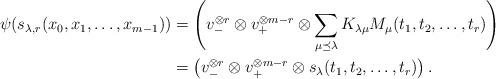
LaTeX: \begin{align*}\psi (s_{\lambda,r}(x_0,x_1,\dots,x_{m-1}))&=\left (v_-^{\otimes r}\otimes v_+^{\otimes m-r}\otimes \sum_{\mu \preceq \lambda}K_{\lambda\mu}M_{\mu}(t_1,t_2,\dots, t_r)\right )\\&=\left (v_-^{\otimes r}\otimes v_+^{\otimes m-r}\otimes s_\lambda(t_1,t_2,\dots, t_r)\right ).\end{align*}